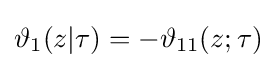
\vartheta _{1}(z|\tau )=-\vartheta _{11}(z;\tau )